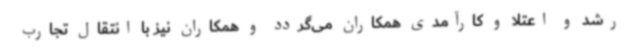
رشد و اعتلا و کارآمدی همکاران می‌گردد و همکاران نیز با انتقال تجارب